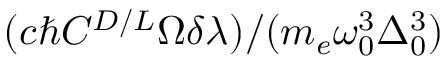
( c \hbar C ^ { D / L } \Omega \delta \lambda ) / ( m _ { e } \omega _ { 0 } ^ { 3 } \Delta _ { 0 } ^ { 3 } )